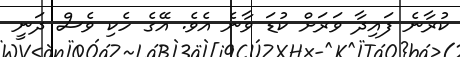
ކުރާނެ ފައިދާ ވަރަށް ކުޑަ ވާނެ އެވެ. އޭގެ ހެކި ވެސް ދަނީ